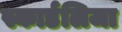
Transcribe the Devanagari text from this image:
स्कार्डलिजा